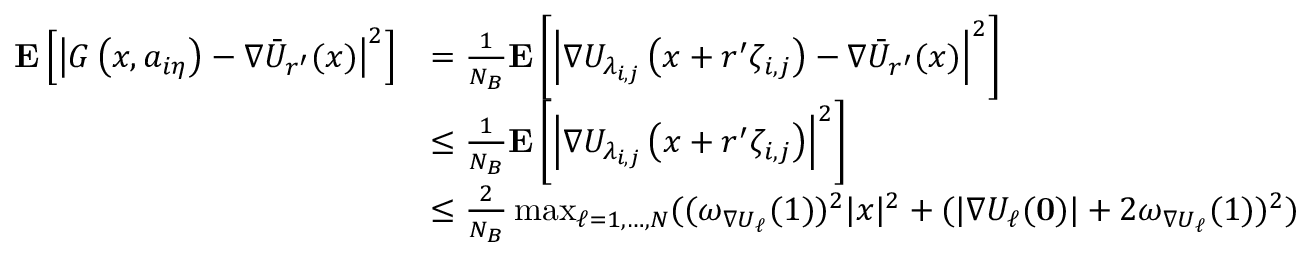
\begin{array} { r l } { \mathbf { E } \left[ \left| { G } \left( x , a _ { i \eta } \right) - \nabla \Bar { U } _ { r ^ { \prime } } ( x ) \right| ^ { 2 } \right] } & { = \frac { 1 } { N _ { B } } \mathbf { E } \left[ \left| \nabla U _ { \lambda _ { i , j } } \left( x + r ^ { \prime } \zeta _ { i , j } \right) - \nabla \Bar { U } _ { r ^ { \prime } } ( x ) \right| ^ { 2 } \right] } \\ & { \le \frac { 1 } { N _ { B } } \mathbf { E } \left[ \left| \nabla U _ { \lambda _ { i , j } } \left( x + r ^ { \prime } \zeta _ { i , j } \right) \right| ^ { 2 } \right] } \\ & { \le \frac { 2 } { N _ { B } } \operatorname* { m a x } _ { \ell = 1 , \ldots , N } ( ( \omega _ { \nabla U _ { \ell } } ( 1 ) ) ^ { 2 } | x | ^ { 2 } + ( | \nabla U _ { \ell } ( \mathbf { 0 } ) | + 2 \omega _ { \nabla U _ { \ell } } ( 1 ) ) ^ { 2 } ) } \end{array}